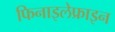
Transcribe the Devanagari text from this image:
फिनाइलेफ्राइन